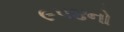
૯૫૪નો